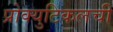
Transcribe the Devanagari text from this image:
प्रोक्युटिकलची